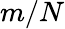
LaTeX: m/N